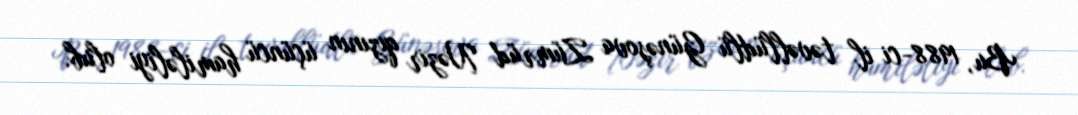
Bu, 1988-ci il təvəllüdlü Günəşova Zümrüd Nəzir qızının üçüncü hamiləliyi olub.